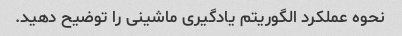
نحوه عملکرد الگوریتم یادگیری ماشینی را توضیح دهید.